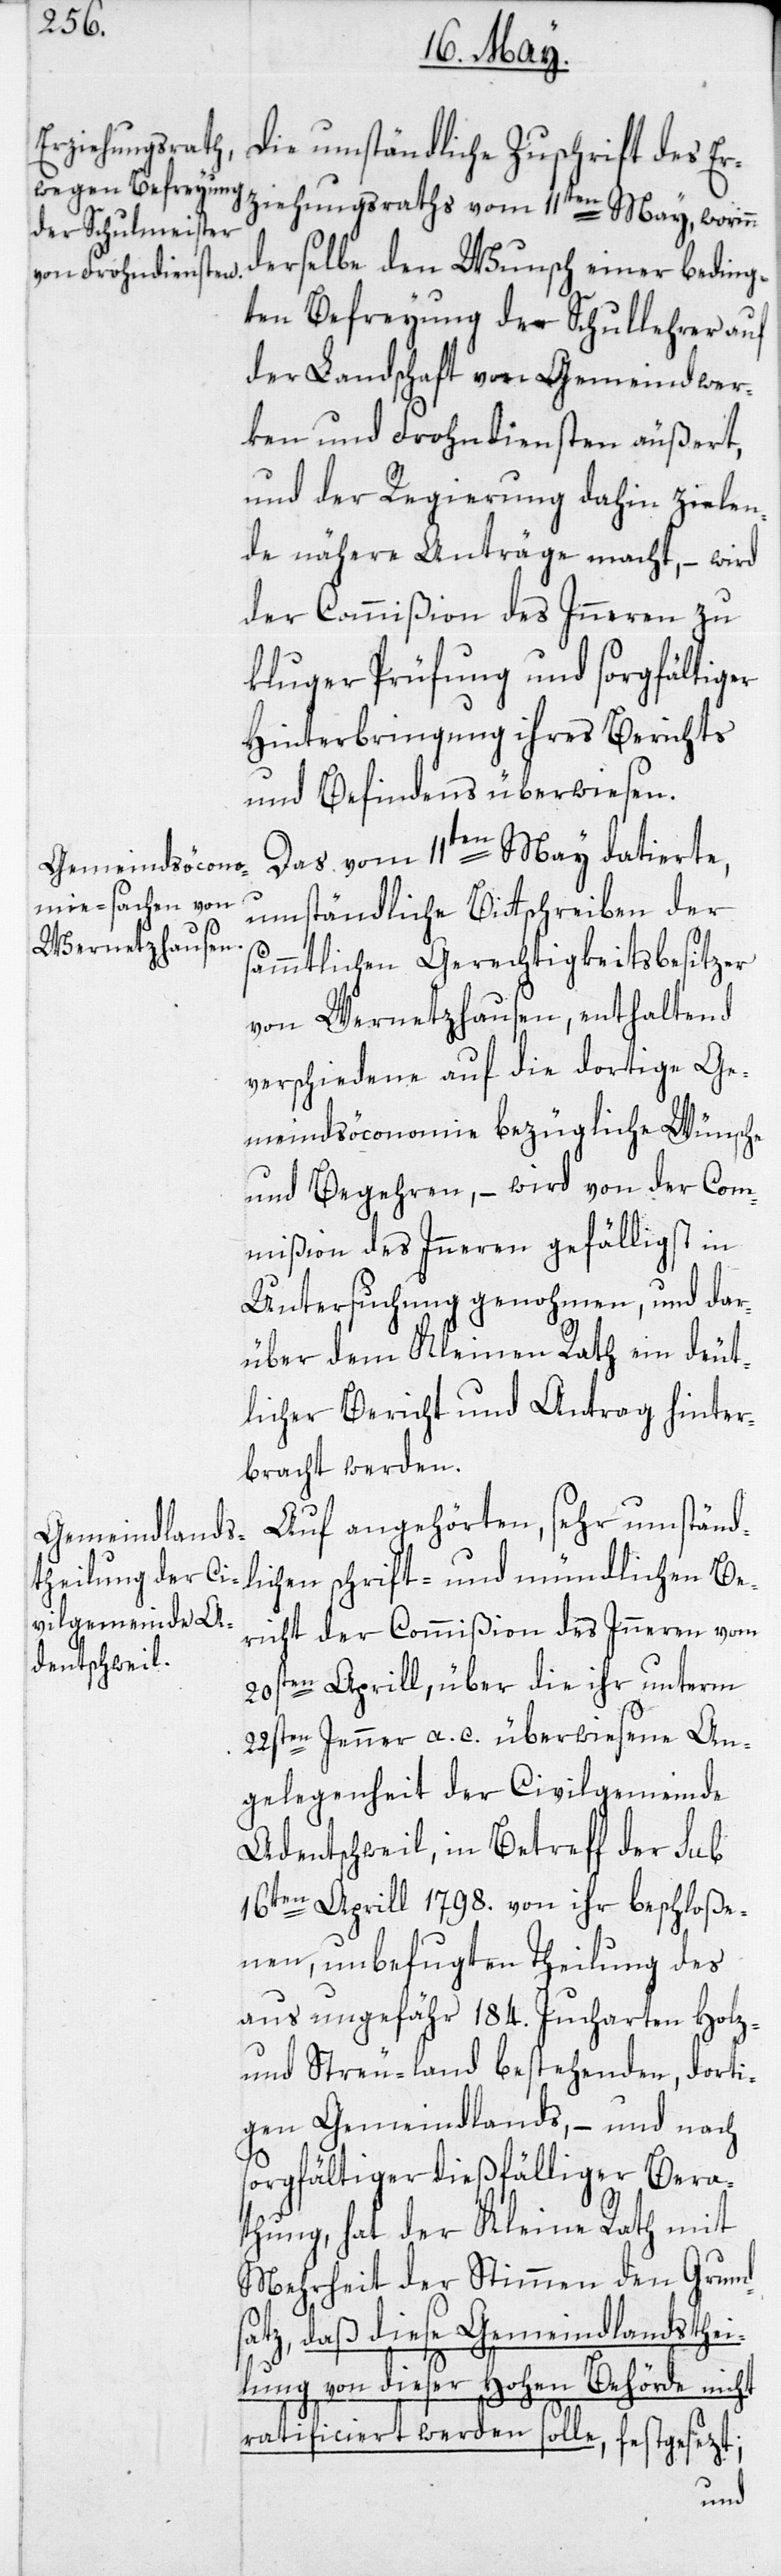
Die umständliche Zuschrift des Er¬
ziehungsraths vom 11ten May, worinn
derselbe den Wunsch einer beding¬
ten Befreyung der Schullehrer auf
der Landschaft von Gemeindwer¬
ken und Frondiensten äußert,
und der Regierung dahin zielen¬
de nähere Anträge macht, – wird
der Commißion des Inneren zu
kluger Prüfung und sorgfältiger
Hinterbringung ihres Berichts
und Befindens überwiesen.
Das vom 11ten May datierte,
umständliche Bittschreiben der
sämmtlichen Gerechtigkeitsbesitzer
von Wernetshausen, enthaltend
verschiedene auf die dortige Ge¬
meindsöconomie bezügliche Wünsche
und Begehren, – wird von der Com¬
mißion des Inneren gefälligst in
Untersuchung genohmen, und dar¬
über dem Kleinen Rath ein deut¬
licher Bericht und Antrag hinter¬
bracht werden.
Auf angehörten, sehr umständ¬
lichen schrift- und mündlichen Be¬
richt der Commißion des Inneren vom
20sten Aprill, über die ihr unterm
22sten Jenner a. c. überwiesene An¬
gelegenheit der Civilgemeinde
Adentschweil, in Betreff der sub
16ten Aprill 1798. von ihr beschloße¬
nen, unbefugten Theilung des
aus ungefähr 184. Jucharten Holz-
und Streu-land bestehenden, dorti¬
gen Gemeindlands, – und nach
sorgfältiger dießfälliger Bera¬
thung, hat der Kleine Rath mit
Mehrheit der Stimmen den Grund¬
atz, daß diese Gemeindlandsthei¬
lung von dieser hohen Behörde nicht
s¬
ratificiert werden solle, festgesezt;